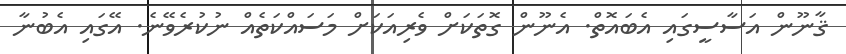
ޤާނޫން އަސާސީގައި އެބައޮތް. އެނޫން ގޮތަކަށް ވެރިއަކަށް މަސައްކަތެއް ނުކުރެވޭނެ. އޭގައި އެބުނާ